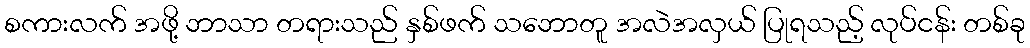
စကားလက် အဖို့ ဘာသာ တရားသည် နှစ်ဖက် သဘောတူ အလဲအလှယ် ပြုရသည့် လုပ်ငန်း တစ်ခု